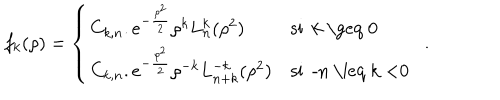
f _ { k } ( \rho ) = \left\{ \begin{array} { l l } { { C _ { k , n } . e ^ { - \frac { \rho ^ { 2 } } { 2 } } \rho ^ { k } L _ { n } ^ { k } ( \rho ^ { 2 } ) } } & { { \textrm { s i k \geq 0 } } } \\ { { C _ { k , n } . e ^ { - \frac { \rho ^ { 2 } } { 2 } } \rho ^ { - k } L _ { n + k } ^ { - k } ( \rho ^ { 2 } ) } } & { { \textrm { s i - n \leq k < 0 } \ } } \\ \end{array} \right. .